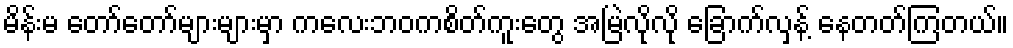
မိန်းမ တော်တော်များများမှာ ကလေးဘဝကစိတ်ကူးတွေ အမြဲလိုလို ခြောက်လှန့် နေတတ်ကြတယ်။